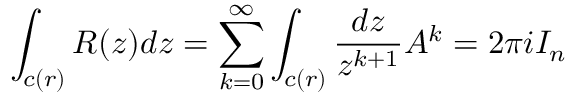
\int _ { c ( r ) } R ( z ) d z = \sum _ { k = 0 } ^ { \infty } \int _ { c ( r ) } { \frac { d z } { z ^ { k + 1 } } } A ^ { k } = 2 \pi i I _ { n }